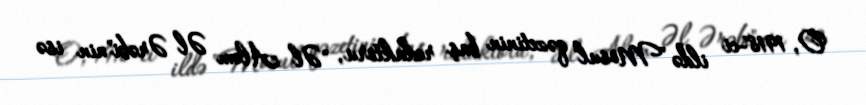
O, 1918-ci ildə "Mosul" qəzetinin baş redaktoru, "Əl Aləm Əl Ərəbi"nin isə